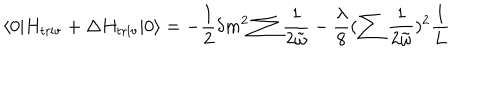
\langle 0 | H _ { \mathrm { t r i v } } + \Delta H _ { \mathrm { t r i v } } | 0 \rangle = - \frac { 1 } { 2 } \delta m ^ { 2 } \sum \frac { 1 } { 2 \tilde { \omega } } - \frac { \lambda } { 8 } ( \sum \frac { 1 } { 2 \tilde { \omega } } ) ^ { 2 } \frac { 1 } { L }